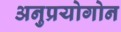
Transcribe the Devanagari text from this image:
अनुप्रयोगोन